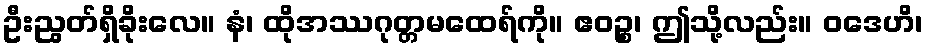
ဦးညွတ်ရှိခိုးလေ။ နံ၊ ထိုအဿဂုတ္တမထေရ်ကို။ ဧဝဉ္စ၊ ဤသို့လည်း။ ဝဒေဟိ၊